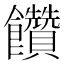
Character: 饡